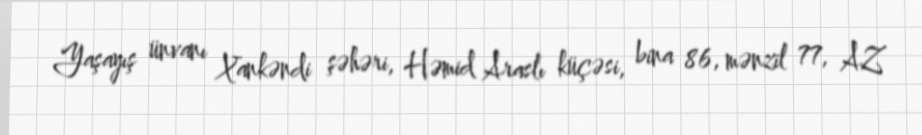
Yaşayış ünvanı Xankəndi şəhəri, Həmid Araslı küçəsi, bina 86, mənzil 77, AZ